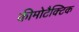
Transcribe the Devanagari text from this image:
कीमोटैक्टिक